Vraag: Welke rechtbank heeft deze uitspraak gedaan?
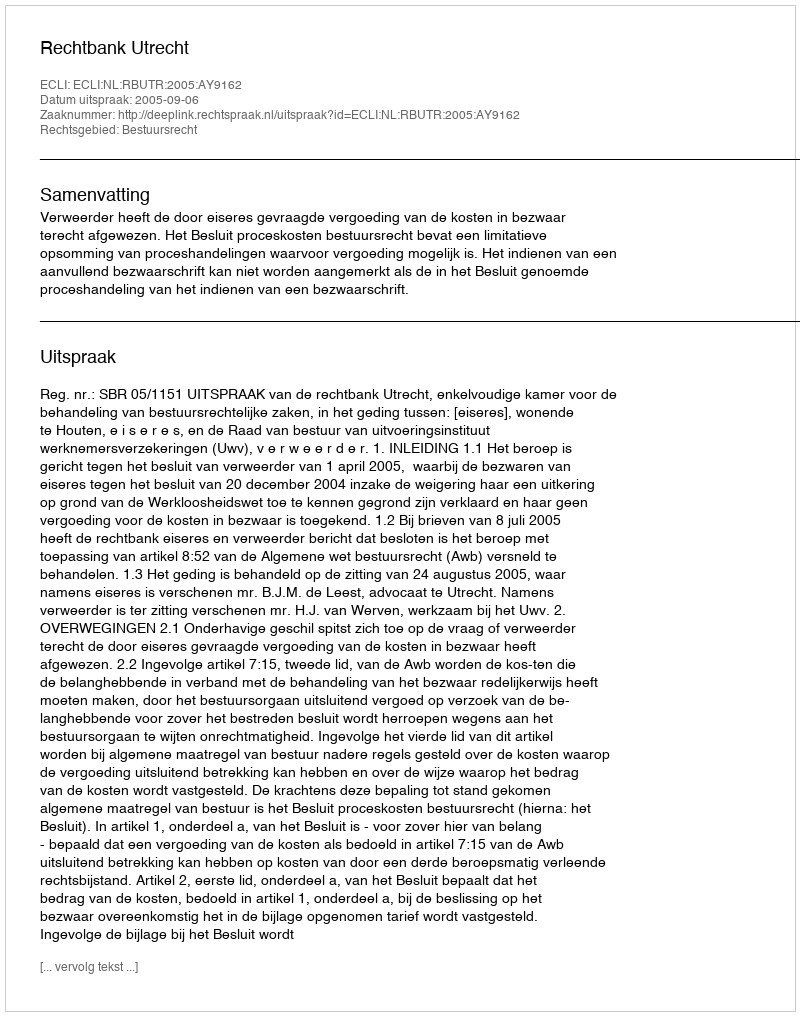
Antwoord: Rechtbank Utrecht